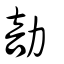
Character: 勏